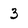
Character: 3